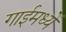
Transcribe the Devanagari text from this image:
गाईमध्यें